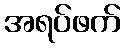
အရပ်ဖက်